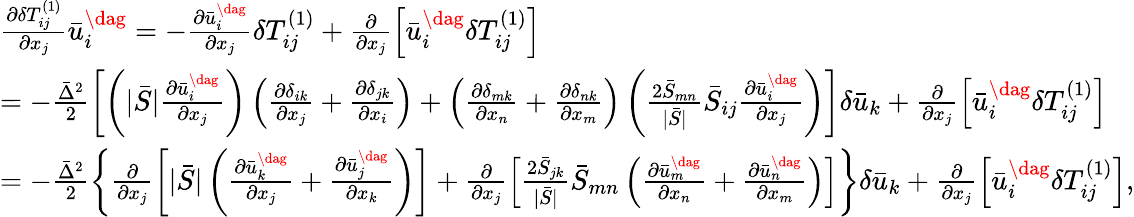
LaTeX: \begin{array}{l}{\frac{{\partial\delta T_{ij}^{\left(1\right)}}}{{\partial{x_{j}}}}\bar{u}_{i}^{\dag}=-\frac{{\partial\bar{u}_{i}^{\dag}}}{{\partial{x_{j}}}}\delta T_{ij}^{\left(1\right)}+\frac{\partial}{{\partial{x_{j}}}}\left[{\bar{u}_{i}^{\dag}\delta T_{ij}^{\left(1\right)}}\right]}\\ {=-\frac{{{{\bar{\Delta}}^{2}}}}{2}\left[{\left({|\bar{S}|\frac{{\partial\bar{u}_{i}^{\dag}}}{{\partial{x_{j}}}}}\right)\left({\frac{{\partial{\delta_{ik}}}}{{\partial{x_{j}}}}+\frac{{\partial{\delta_{jk}}}}{{\partial{x_{i}}}}}\right)+\left({\frac{{\partial{\delta_{mk}}}}{{\partial{x_{n}}}}+\frac{{\partial{\delta_{nk}}}}{{\partial{x_{m}}}}}\right)\left({\frac{{2{{\bar{S}}_{mn}}}}{{|\bar{S}|}}{{\bar{S}}_{ij}}\frac{{\partial\bar{u}_{i}^{\dag}}}{{\partial{x_{j}}}}}\right)}\right]\delta{{\bar{u}}_{k}}+\frac{\partial}{{\partial{x_{j}}}}\left[{\bar{u}_{i}^{\dag}\delta T_{ij}^{\left(1\right)}}\right]}\\ {=-\frac{{{{\bar{\Delta}}^{2}}}}{2}\left\{ {\frac{\partial}{{\partial{x_{j}}}}\left[{|\bar{S}|\left({\frac{{\partial\bar{u}_{k}^{\dag}}}{{\partial{x_{j}}}}+\frac{{\partial\bar{u}_{j}^{\dag}}}{{\partial{x_{k}}}}}\right)}\right]+\frac{\partial}{{\partial{x_{j}}}}\left[{\frac{{2{{\bar{S}}_{jk}}}}{{|\bar{S}|}}{{\bar{S}}_{mn}}\left({\frac{{\partial\bar{u}_{m}^{\dag}}}{{\partial{x_{n}}}}+\frac{{\partial\bar{u}_{n}^{\dag}}}{{\partial{x_{m}}}}}\right)}\right]}\right\} \delta{{\bar{u}}_{k}}+\frac{\partial}{{\partial{x_{j}}}}\left[{\bar{u}_{i}^{\dag}\delta T_{ij}^{\left(1\right)}}\right],}\end{array}